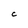
Character: c